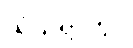
သံသရာတွင်